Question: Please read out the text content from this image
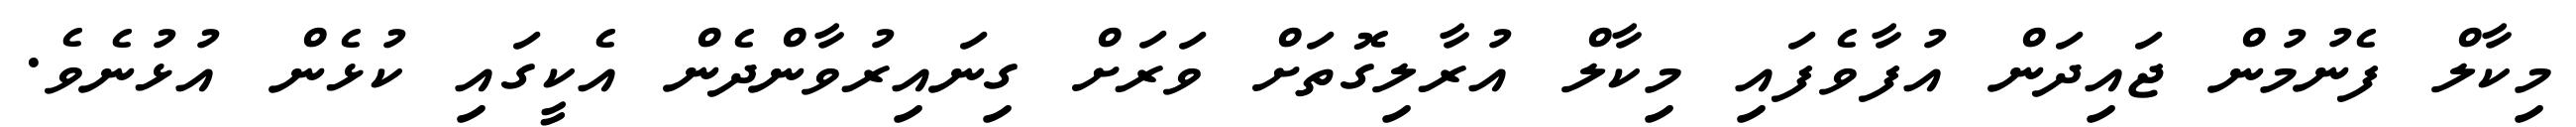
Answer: މިކާލް ފެނުމުން ޖައިދަން އުފާވެފައި މިކާލް އުރާލިގޮތަށް ވަރަށް ގިނައިރުވާންދެން އެކީގައި ކުޅެން އުޅުނެވެ.